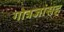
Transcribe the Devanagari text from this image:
गोत्रजांसह